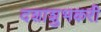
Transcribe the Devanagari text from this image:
दशाशुभकरी